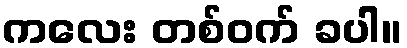
ကလေး တစ်ဝက် ခပါ။